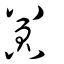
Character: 囂